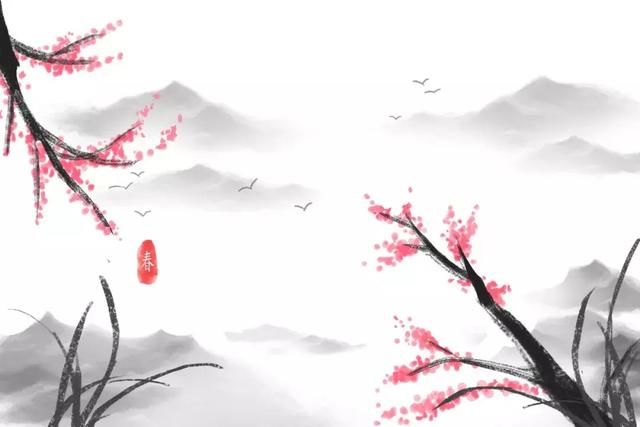
桃花三十六陂，鲛宫睡起，娇雷乍转。